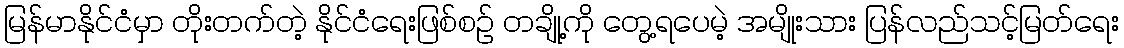
မြန်မာနိုင်ငံမှာ တိုးတက်တဲ့ နိုင်ငံရေးဖြစ်စဉ် တချို့ကို တွေ့ရပေမဲ့ အမျိုးသား ပြန်လည်သင့်မြတ်ရေး